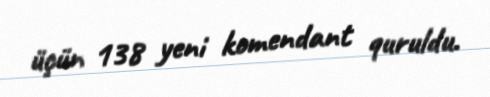
üçün 138 yeni komendant quruldu.